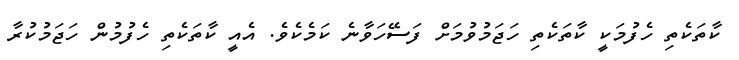
ކާތަކެތި ހެފުމަކީ ކާތަކެތި ހަޖަމުވުމަށް ފަސޭހަވާނެ ކަމެކެވެ. އެއީ ކާތަކެތި ހެފުމުން ހަޖަމުކުރާ